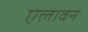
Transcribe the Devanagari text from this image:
एलावन